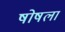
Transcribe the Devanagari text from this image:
षोषला